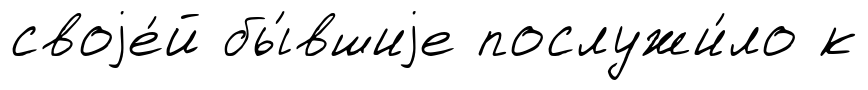
своjе́й бы́вшиjе послужи́ло к